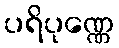
ပရိပုဏ္ဏေ